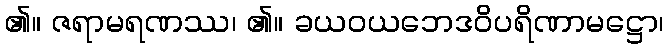
၏။ ဇရာမရဏဿ၊ ၏။ ခယဝယဘေဒဝိပရိဏာမဋ္ဌော၊